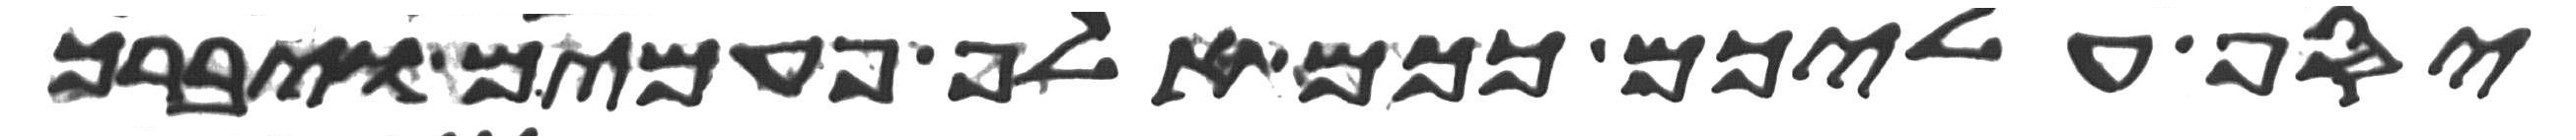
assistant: יסף עליכם ככם אלף פעמים ויברך